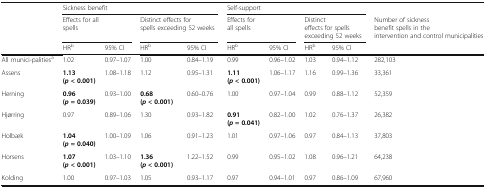
|  | <COLSPAN=4> Sickness benefit | <COLSPAN=4> Self-support |  |
 |  | <COLSPAN=2> Effects for all spells | <COLSPAN=2> Distinct effects for spells exceeding 52 weeks | <COLSPAN=2> Effects for all spells | <COLSPAN=2> Distinct effects for spells exceeding 52 weeks | Number of sickness benefit spells in the intervention and control municipalities |
 |  | HRb | 95% CI | HRb | 95% CI | HRb | 95% CI | HRb | 95% CI |  |
 | --- | --- | --- | --- | --- | --- | --- | --- | --- | --- |
 | All munici-palitiesa | 1.02 | 0.97–1.07 | 1.00 | 0.84–1.19 | 0.99 | 0.96–1.02 | 1.03 | 0.94–1.12 | 282,103 |
 | Assens | 1.13(p < 0.001) | 1.08–1.18 | 1.12 | 0.95–1.31 | 1.11(p < 0.001) | 1.06–1.17 | 1.16 | 0.99–1.36 | 33,361 |
 | Herning | 0.96(p = 0.039) | 0.93–1.00 | 0.68(p < 0.001) | 0.60–0.76 | 1.00 | 0.97–1.04 | 0.99 | 0.88–1.12 | 52,359 |
 | Hjørring | 0.97 | 0.89–1.06 | 1.30 | 0.93–1.82 | 0.91(p = 0.041) | 0.82–1.00 | 1.02 | 0.76–1.37 | 26,382 |
 | Holbæk | 1.04(p = 0.040) | 1.00–1.09 | 1.06 | 0.91–1.23 | 1.01 | 0.97–1.06 | 0.97 | 0.84–1.13 | 37,803 |
 | Horsens | 1.07(p < 0.001) | 1.03–1.10 | 1.36(p < 0.001) | 1.22–1.52 | 0.99 | 0.95–1.02 | 1.08 | 0.96–1.21 | 64,238 |
 | Kolding | 1.00 | 0.97–1.03 | 1.05 | 0.93–1.17 | 0.97 | 0.94–1.01 | 0.97 | 0.86–1.09 | 67,960 |